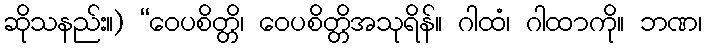
ဆိုသနည်း။) “ဝေပစိတ္တိ၊ ဝေပစိတ္တိအသုရိန်။ ဂါထံ၊ ဂါထာကို။ ဘဏ၊